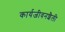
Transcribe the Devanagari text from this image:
कार्यजीवनशैली